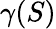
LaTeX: \gamma(S)